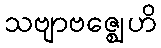
သဗျာဗဇ္ဈေဟိ